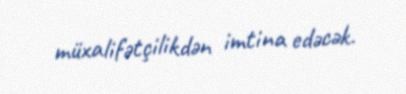
müxalifətçilikdən imtina edəcək.